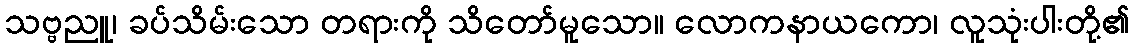
သဗ္ဗညူ၊ ခပ်သိမ်းသော တရားကို သိတော်မူသော။ လောကနာယကော၊ လူသုံးပါးတို့၏